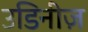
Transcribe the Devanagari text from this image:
उडिनीज़